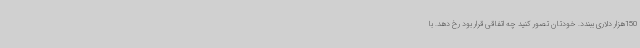
150هزار دلاری ببندد. خودتان تصور کنید چه اتفاقی قرار بود رخ دهد. با